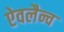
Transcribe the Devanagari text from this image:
ऐवलैन्च